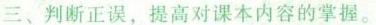
三、判断正误，提高对课本内容的掌握。